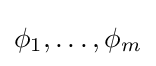
\phi _{1},\dots ,\phi _{m}